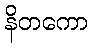
နိတကော